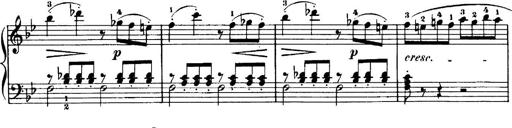
Title: 7 Sonatinas
Composer: Anton Diabelli